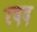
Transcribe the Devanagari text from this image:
रदद